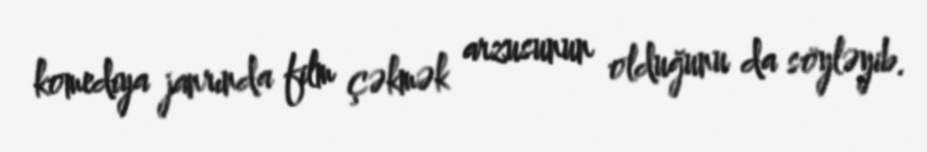
komediya janrında film çəkmək arzusunun olduğunu da söyləyib.